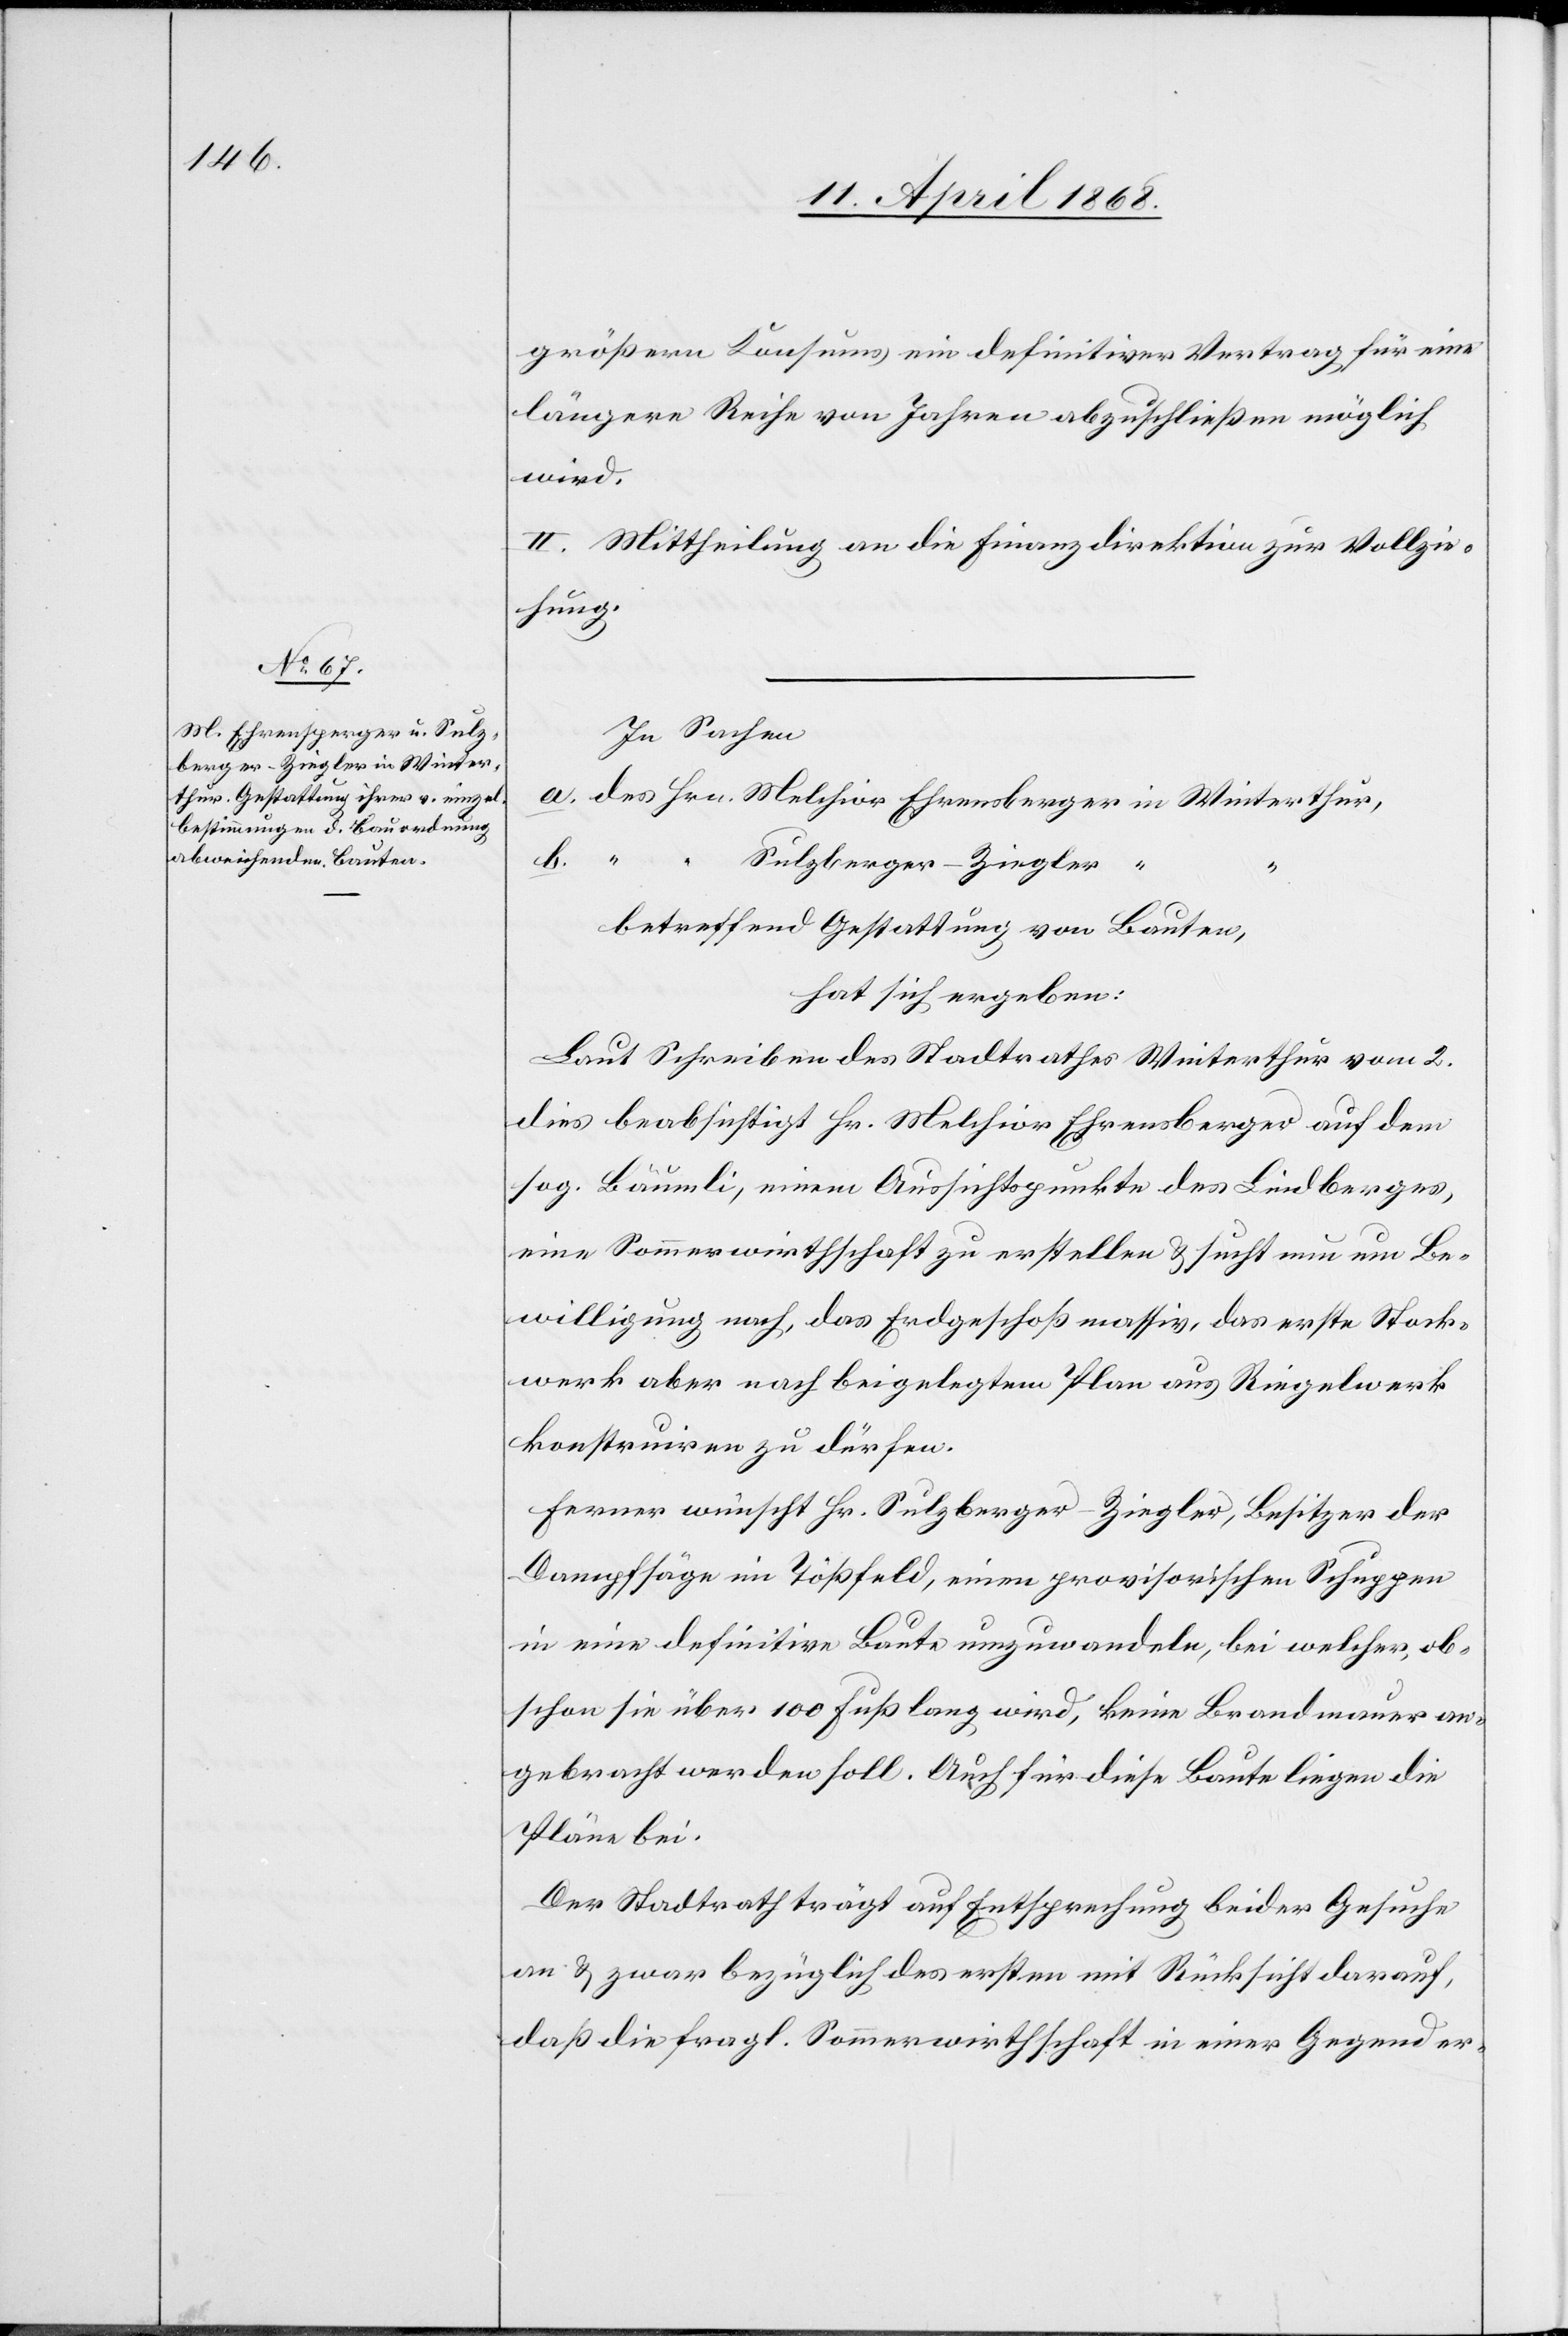
größern Konsums ein definitiver Vertrag für eine
längere Reihe von Jahren abzuschließen möglich
wird.
II. Mittheilung an die Finanzdirektion zur Vollzie¬
hung.
In Sachen
a. des Hrn. Melchior Ehrensberger [sic!] in Winterthur,
b. “ “ Sulzberger-Ziegler “
betreffend Gestattung von Bauten,
hat sich ergeben:
Laut Schreiben des Stadtrathes Winterthur vom 2.
dies beabsichtigt Hr. Melchior Ehrensberger auf dem
sog. Bäumli, einem Aussichtspunkte des Lindberges,
eine Sommerwirthschaft zu erstellen & sucht nun um Be¬
willigung nach, das Erdgeschoß massiv, das erste Stock¬
werk aber nach beigelegtem Plan aus Riegelwerk
konstruiren zu dürfen.
Ferner wünscht Hr. Sulzberger-Ziegler, Besitzer der
Dampfsäge im Tößfeld, einen provisorischen Schuppen
in eine definitive Baute umzuwandeln, bei welcher, ob¬
schon sie über 100 Fuß lang wird, keine Brandmauer an¬
gebracht werden soll. Auch für diese Baute liegen die
Pläne bei.
Der Stadtrath trägt auf Entsprechung beider Gesuche
an & zwar bezüglich des ersten mit Rücksicht darauf,
daß die fragl. Sommerwirthschaft in einer Gegend er-